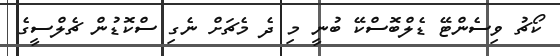
ކޯޗު ވިސެންޓޭ ޑެލްބޮސްކޭ ބުނީ މި ދެ މެޗަށް ނެގި ސްކޮޑުން ޗެލްސީގެ